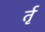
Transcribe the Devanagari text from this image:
र्तृ